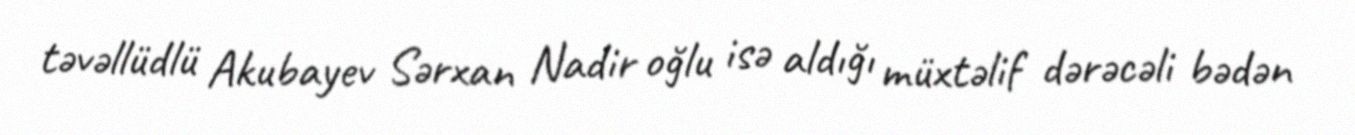
təvəllüdlü Akubayev Sərxan Nadir oğlu isə aldığı müxtəlif dərəcəli bədən